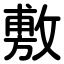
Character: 敷